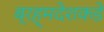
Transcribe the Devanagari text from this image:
ब्रह्मदेशकडे